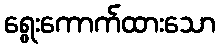
ရွေးကောက်ထားသော